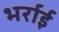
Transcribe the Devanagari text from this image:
भर्राई